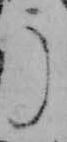
う